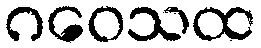
ဂဝေသထ